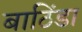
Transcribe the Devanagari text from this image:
बाठिंडा